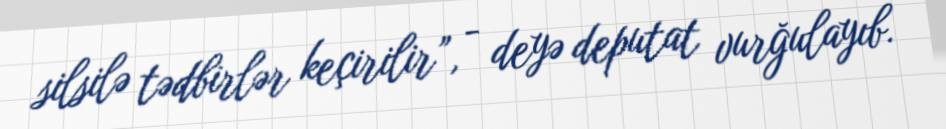
silsilə tədbirlər keçirilir”, - deyə deputat vurğulayıb.